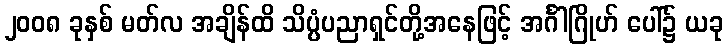
၂၀၀၈ ခုနှစ် မတ်လ အချိန်ထိ သိပ္ပံပညာရှင်တို့အနေဖြင့် အင်္ဂါဂြိုဟ် ပေါ်၌ ယခု